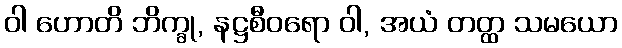
ဝါ ဟောတိ ဘိက္ခု, နဋ္ဌစီဝရော ဝါ, အယံ တတ္ထ သမယော